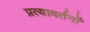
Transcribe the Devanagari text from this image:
प्रत्यावर्तनों